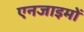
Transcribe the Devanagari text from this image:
एनजाइमों